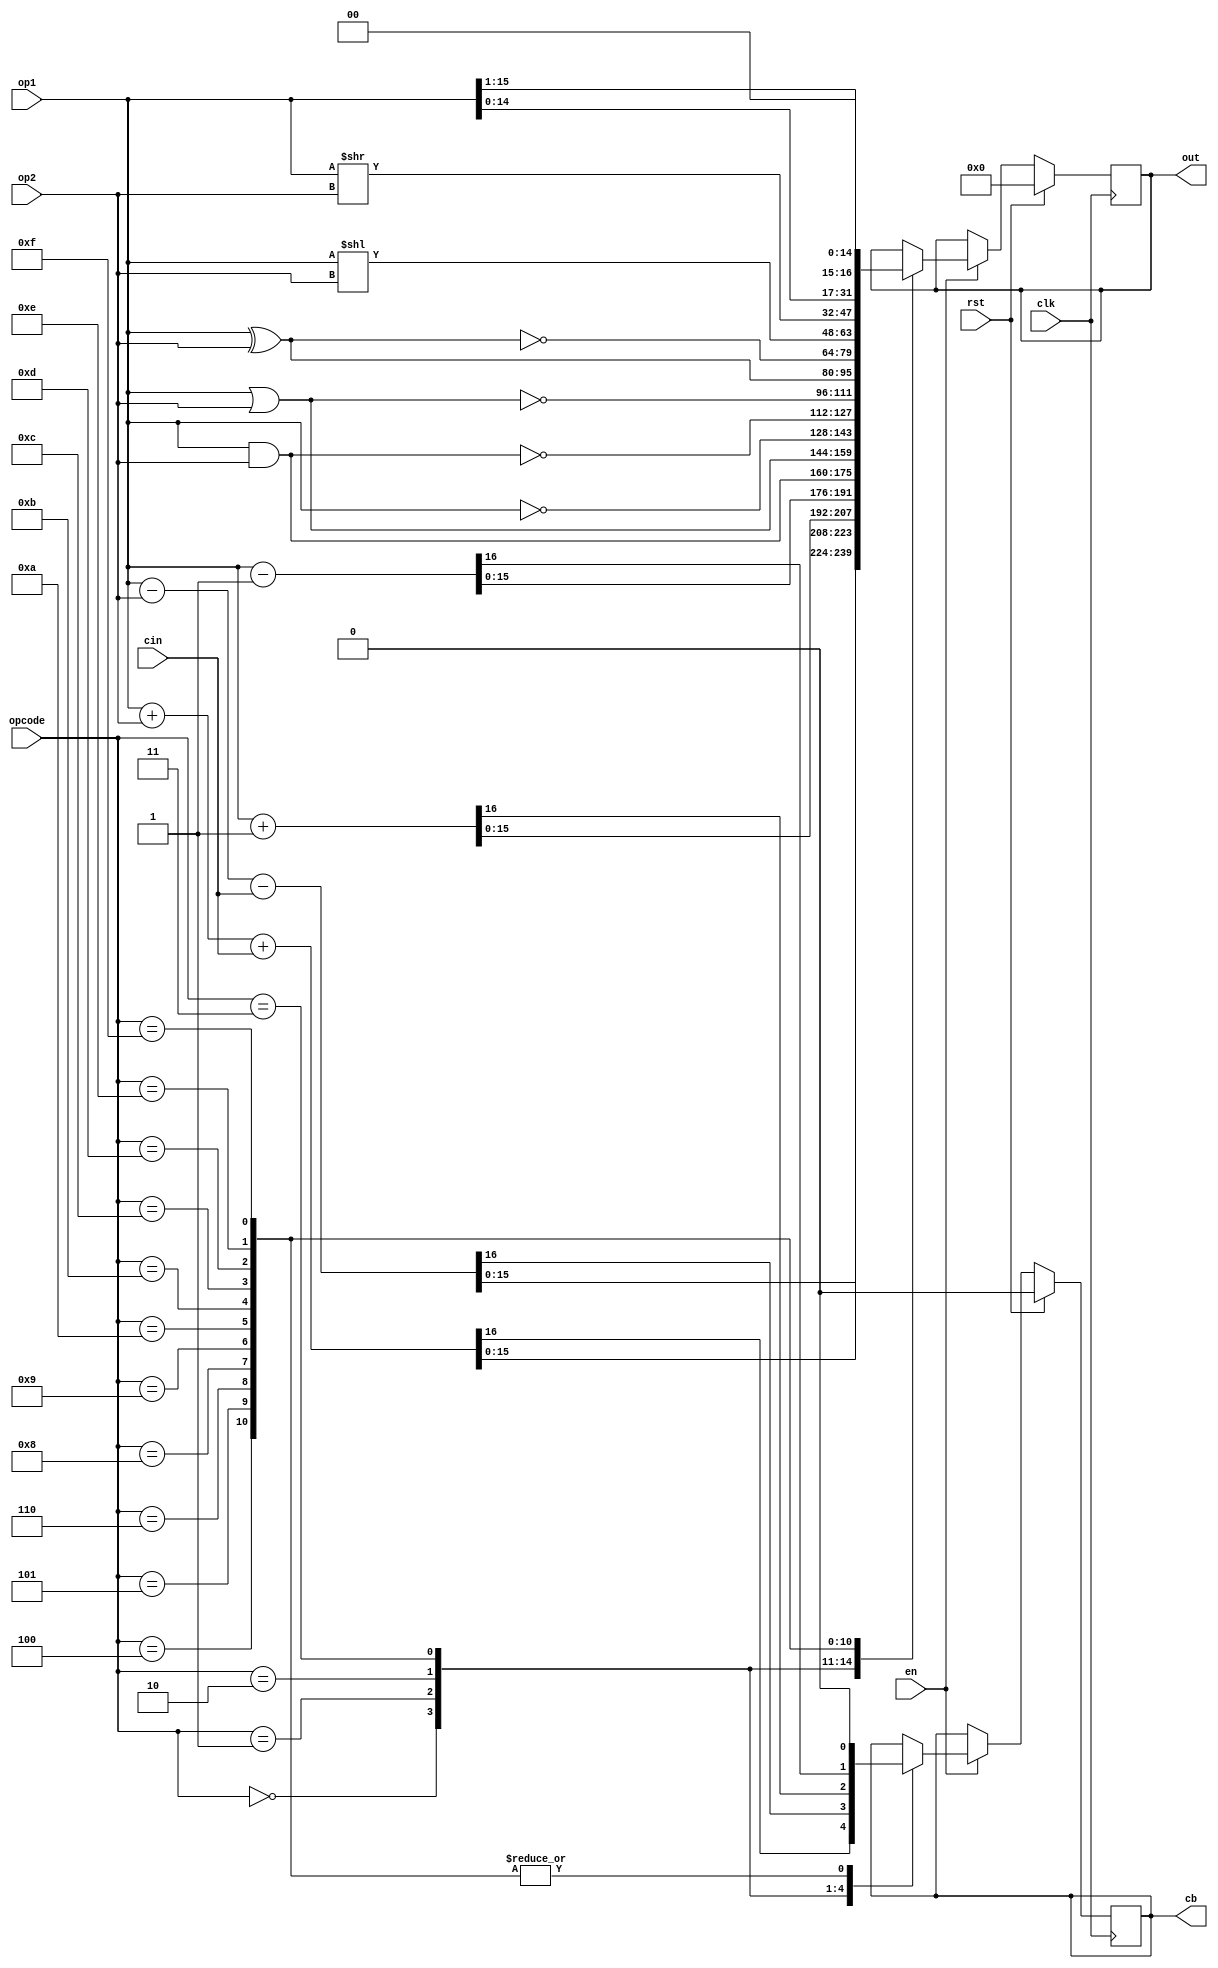
module alu(
    input [15:0] op1, op2,
    input [3:0] opcode,
    input cin, clk, rst, en,
    output reg [15:0] out,
    output reg cb
);
    always @ (posedge clk) begin
        if(rst) begin
            out <= 0;
            cb <= 0;
        end
        else if(en) begin
            case (opcode)
                4'b0000: {cb, out} <= op1 + op2 + cin;//0:add
                4'b0001: {cb, out} <= op1 - op2 - cin;//1:sub
                4'b0010: {cb, out} <= op1 + 1;        //2:inc
                4'b0011: {cb, out} <= op1 - 1;        //3:dec
                4'b0100: begin                        //4:and
                    out <= op1 & op2;
                    cb <= 0;
                end 
                4'b0101: begin                        //5:or
                    out <= op1 | op2;
                    cb <= 0;
                end 
                4'b0110: begin                       //6:neg
                    out <= ~op1;
                    cb <= 0;
                end 
                4'b1000: begin                       //7:nand
                    out <= ~(op1 & op2);
                    cb <= 0;
                end 
                4'b1001: begin                       //9:nor
                    out <= ~(op1 | op2);
                    cb <= 0;
                end 
                4'b1010: begin                       //a:xor
                    out <= op1 ^ op2;
                    cb <= 0;
                end 
                4'b1011: begin                      //b:xnor
                    out <= ~(op1 ^ op2);
                    cb <= 0;
                end 
                4'b1100: begin                      //c:lshl
                    out <= op1 << op2;
                    cb <= 0;
                end 
                4'b1101: begin                      //d:lshr
                    out <= op1 >> op2;
                    cb <= 0;
                end
                4'b1110: begin                     //e:ashl
                    out <= op1 <<< 1;
                    cb <= 0;
                end
                4'b1111: begin                    //f:ashr
                    out <= op1 >>> 1;
                    cb <= 0;
                end
            endcase
        end
//        else {cb, out} <= 17'd0 ;
    end
endmodule